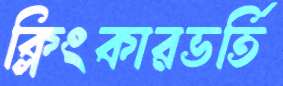
ক্লিংকারভর্তি